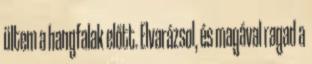
ültem a hangfalak előtt. Elvarázsol, és magával ragad a